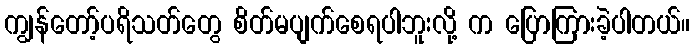
ကျွန်တော့်ပရိသတ်တွေ စိတ်မပျက်စေရပါဘူးလို့ က ပြောကြားခဲ့ပါတယ်။